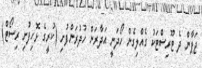
ޖަޕާން ދެ ޓޫރިސްޓަކު ގެއްލިގެން ހޯދަނީ އަދާރަން ހުދުރަންފުށި (ކުރީގެ ޅޮހިފުށި ރިސޯޓް)